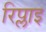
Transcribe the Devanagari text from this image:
रिप्लाइ